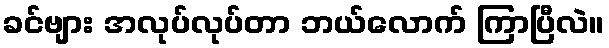
ခင်ဗျား အလုပ်လုပ်တာ ဘယ်လောက် ကြာပြီလဲ။